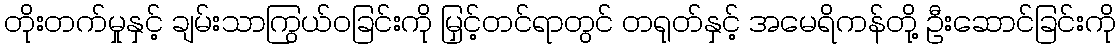
တိုးတက်မှုနှင့် ချမ်းသာကြွယ်ဝခြင်းကို မြှင့်တင်ရာတွင် တရုတ်နှင့် အမေရိကန်တို့ ဦးဆောင်ခြင်းကို